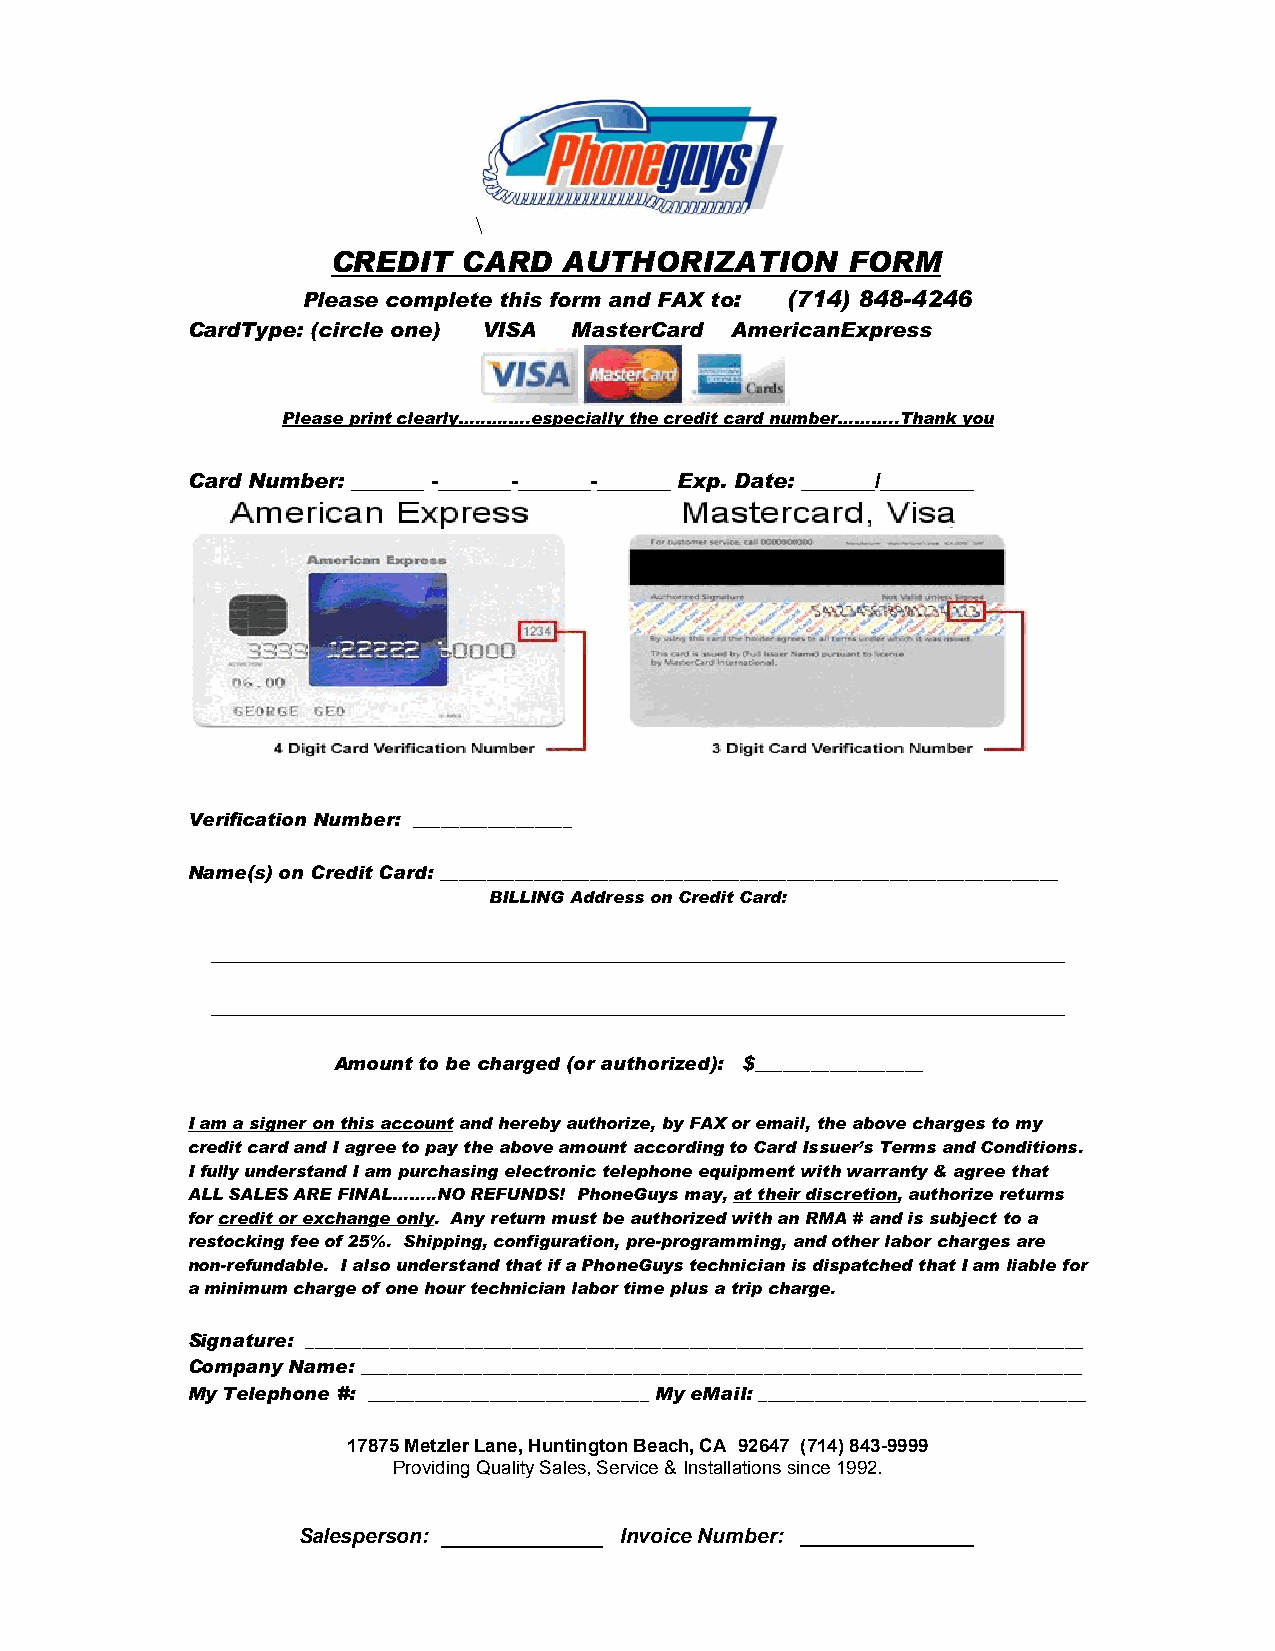
\
 CREDIT   CARD  AUTHORIZATION      FORM
 Please complete this form and FAX to: (714) 848-4246
 CardType: (circle one) VISA MasterCard AmericanExpress
 Please print clearly…..….….especially the credit card number………..Thank you
 Card Number: _______ -_______-_______-_______ Exp. Date: _______/_________
 Verification Number: _________________
 Name(s) on Credit Card: __________________________________________________________________
 BILLING Address on Credit Card:
 __________________________________________________________________________________
 __________________________________________________________________________________
 Amount to be charged (or authorized): $__________________
 I am a signer on this account and hereby authorize, by FAX or email, the above charges to my
 credit card and I agree to pay the above amount according to Card Issuer’s Terms and Conditions.
 I fully understand I am purchasing electronic telephone equipment with warranty & agree that
 ALL SALES ARE FINAL……..NO REFUNDS! PhoneGuys may, at their discretion, authorize returns
 for credit or exchange only. Any return must be authorized with an RMA # and is subject to a
 restocking fee of 25%. Shipping, configuration, pre-programming, and other labor charges are
 non-refundable. I also understand that if a PhoneGuys technician is dispatched that I am liable for
 a minimum charge of one hour technician labor time plus a trip charge.
 Signature: ___________________________________________________________________________________
 Company Name: _____________________________________________________________________________
 My Telephone #: ______________________________ My eMail: ___________________________________
 17875 Metzler Lane, Huntington Beach, CA 92647 (714) 843-9999
 Providing Quality Sales, Service & Installations since 1992.
 Salesperson: ______________ Invoice Number: _______________